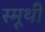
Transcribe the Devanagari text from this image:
स्मूथी